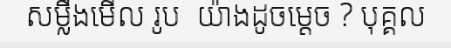
សម្លឹងមើល រូប  យ៉ាងដូចម្តេច ? បុគ្គល